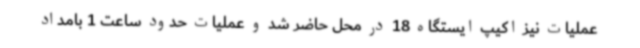
عملیات نیز اکیپ ایستگاه 18 در محل حاضر شد و عملیات حدود ساعت 1 بامداد